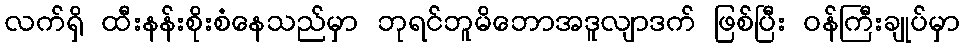
လက်ရှိ ထီးနန်းစိုးစံနေသည်မှာ ဘုရင်ဘူမိဘောအဒူလျာဒက် ဖြစ်ပြီး ဝန်ကြီးချုပ်မှာ